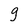
Character: g